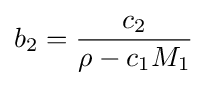
b_{2}={\frac {c_{2}}{\rho -c_{1}M_{1}}}